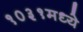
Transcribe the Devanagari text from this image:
१०३१मध्ये